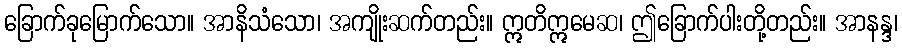
ခြောက်ခုမြောက်သော။ အာနိသံသော၊ အကျိုးဆက်တည်း။ ဣတိဣမေဆ၊ ဤခြောက်ပါးတို့တည်း။ အာနန္ဒ၊